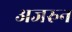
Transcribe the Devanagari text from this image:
अजरुन